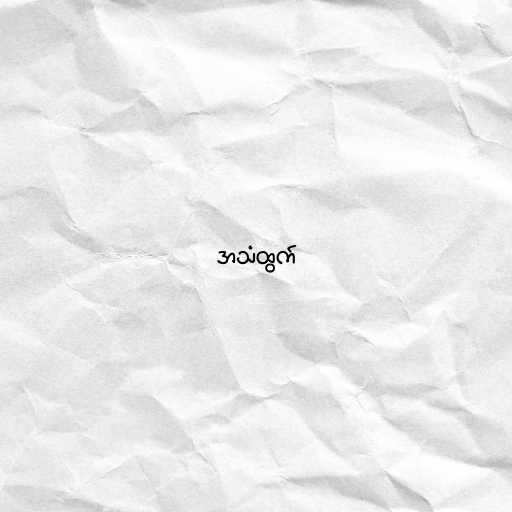
အသံထွက်